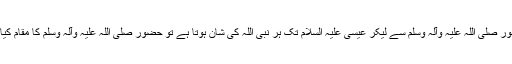
حضور صلی اللہ علیہ وآلہ وسلم سے لیکر عیسیٰ علیہ السلام تک ہر نبی اللہ کی شان ہوتا ہے تو حضور صلی اللہ علیہ وآلہ وسلم کا مقام کیا ہوا؟